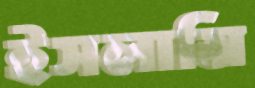
ইসলামি